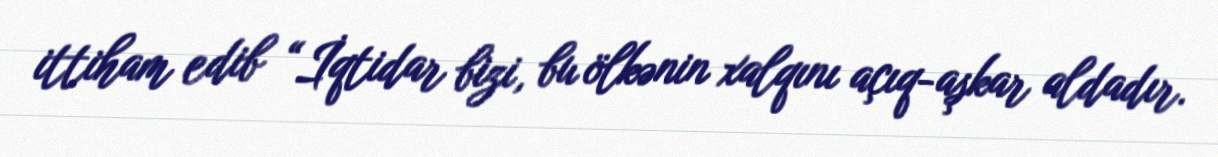
ittiham edib “İqtidar bizi, bu ölkənin xalqını açıq-aşkar aldadır.